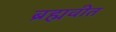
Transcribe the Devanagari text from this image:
ब्रह्मवीत